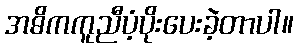
အဓိကကူညီပံ့ပိုးပေးခဲ့တာပါ။